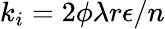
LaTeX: k_{i}={2\phi\lambda r\epsilon}/{n}